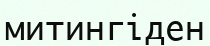
митингіден